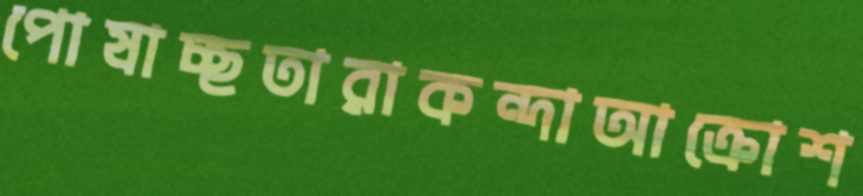
পোষাচ্ছতারাকন্দাআক্রোশ